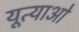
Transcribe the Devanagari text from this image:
यूत्याओ